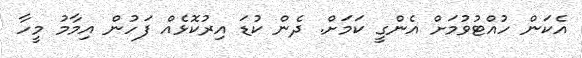
އެކަން ހުއްޓުވުމަށް އެންގީ ކަމަށް. ދެން ކުޑަ އިރުކޮޅެއް ފަހުން އިމާމު މީހާ